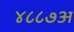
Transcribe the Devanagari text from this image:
४८८७अ